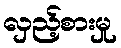
လှည့်စားမှု